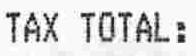
TAX TOTAL: